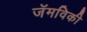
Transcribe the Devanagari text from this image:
जॅमविकी